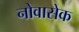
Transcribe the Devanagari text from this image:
नोवासेक